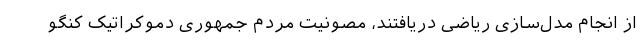
از انجام مدل‌سازی ریاضی دریافتند، مصونیت مردم جمهوری دموکراتیک کنگو